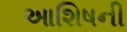
આશિષની